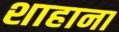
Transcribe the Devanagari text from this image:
शाहाना